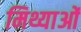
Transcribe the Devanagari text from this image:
मिथ्याओं